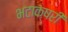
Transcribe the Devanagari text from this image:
भटाक्षरी